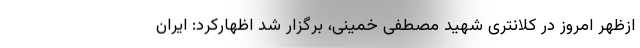
ازظهر امروز در کلانتری شهید مصطفی خمینی، برگزار شد اظهارکرد: ایران